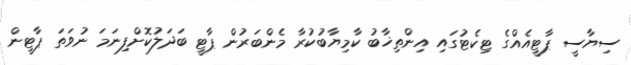
ސިޔާސީ ޕާޓީއެއްގެ ޓިކެޓުގައި އިންތިޚާބު ކާމިޔާބުކުރާ މެންބަރުން ޕާޓީ ބަދަލުކޮށްފިނަމަ ނުވަތަ ޕާޓީން